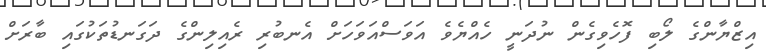
އިޒްޔާންގެ ލޯބި ފޮހެވިގެން ނުދަނީ ހެއްޔެވެ އަވަސްއަވަހަށް އެނބުރި ރެއިލިންގެ ދަގަނޑުތަކުގައި ބާރަށް